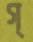
গ্